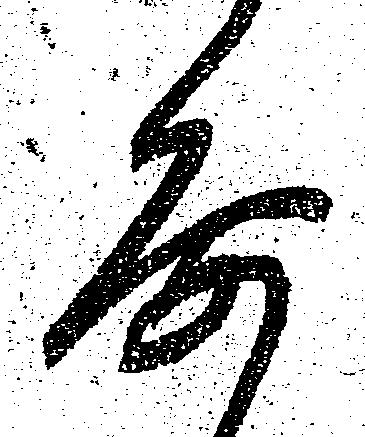
要